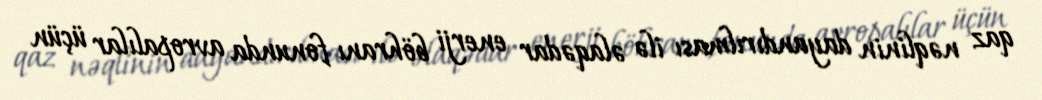
qaz nəqlinin dayandırılması ilə əlaqədar enerji böhranı fonunda avropalılar üçün